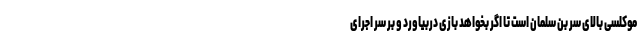
موکلسی بالای سر بن سلمان است تا اگر بخواهد بازی دربیاورد و بر سر اجرای